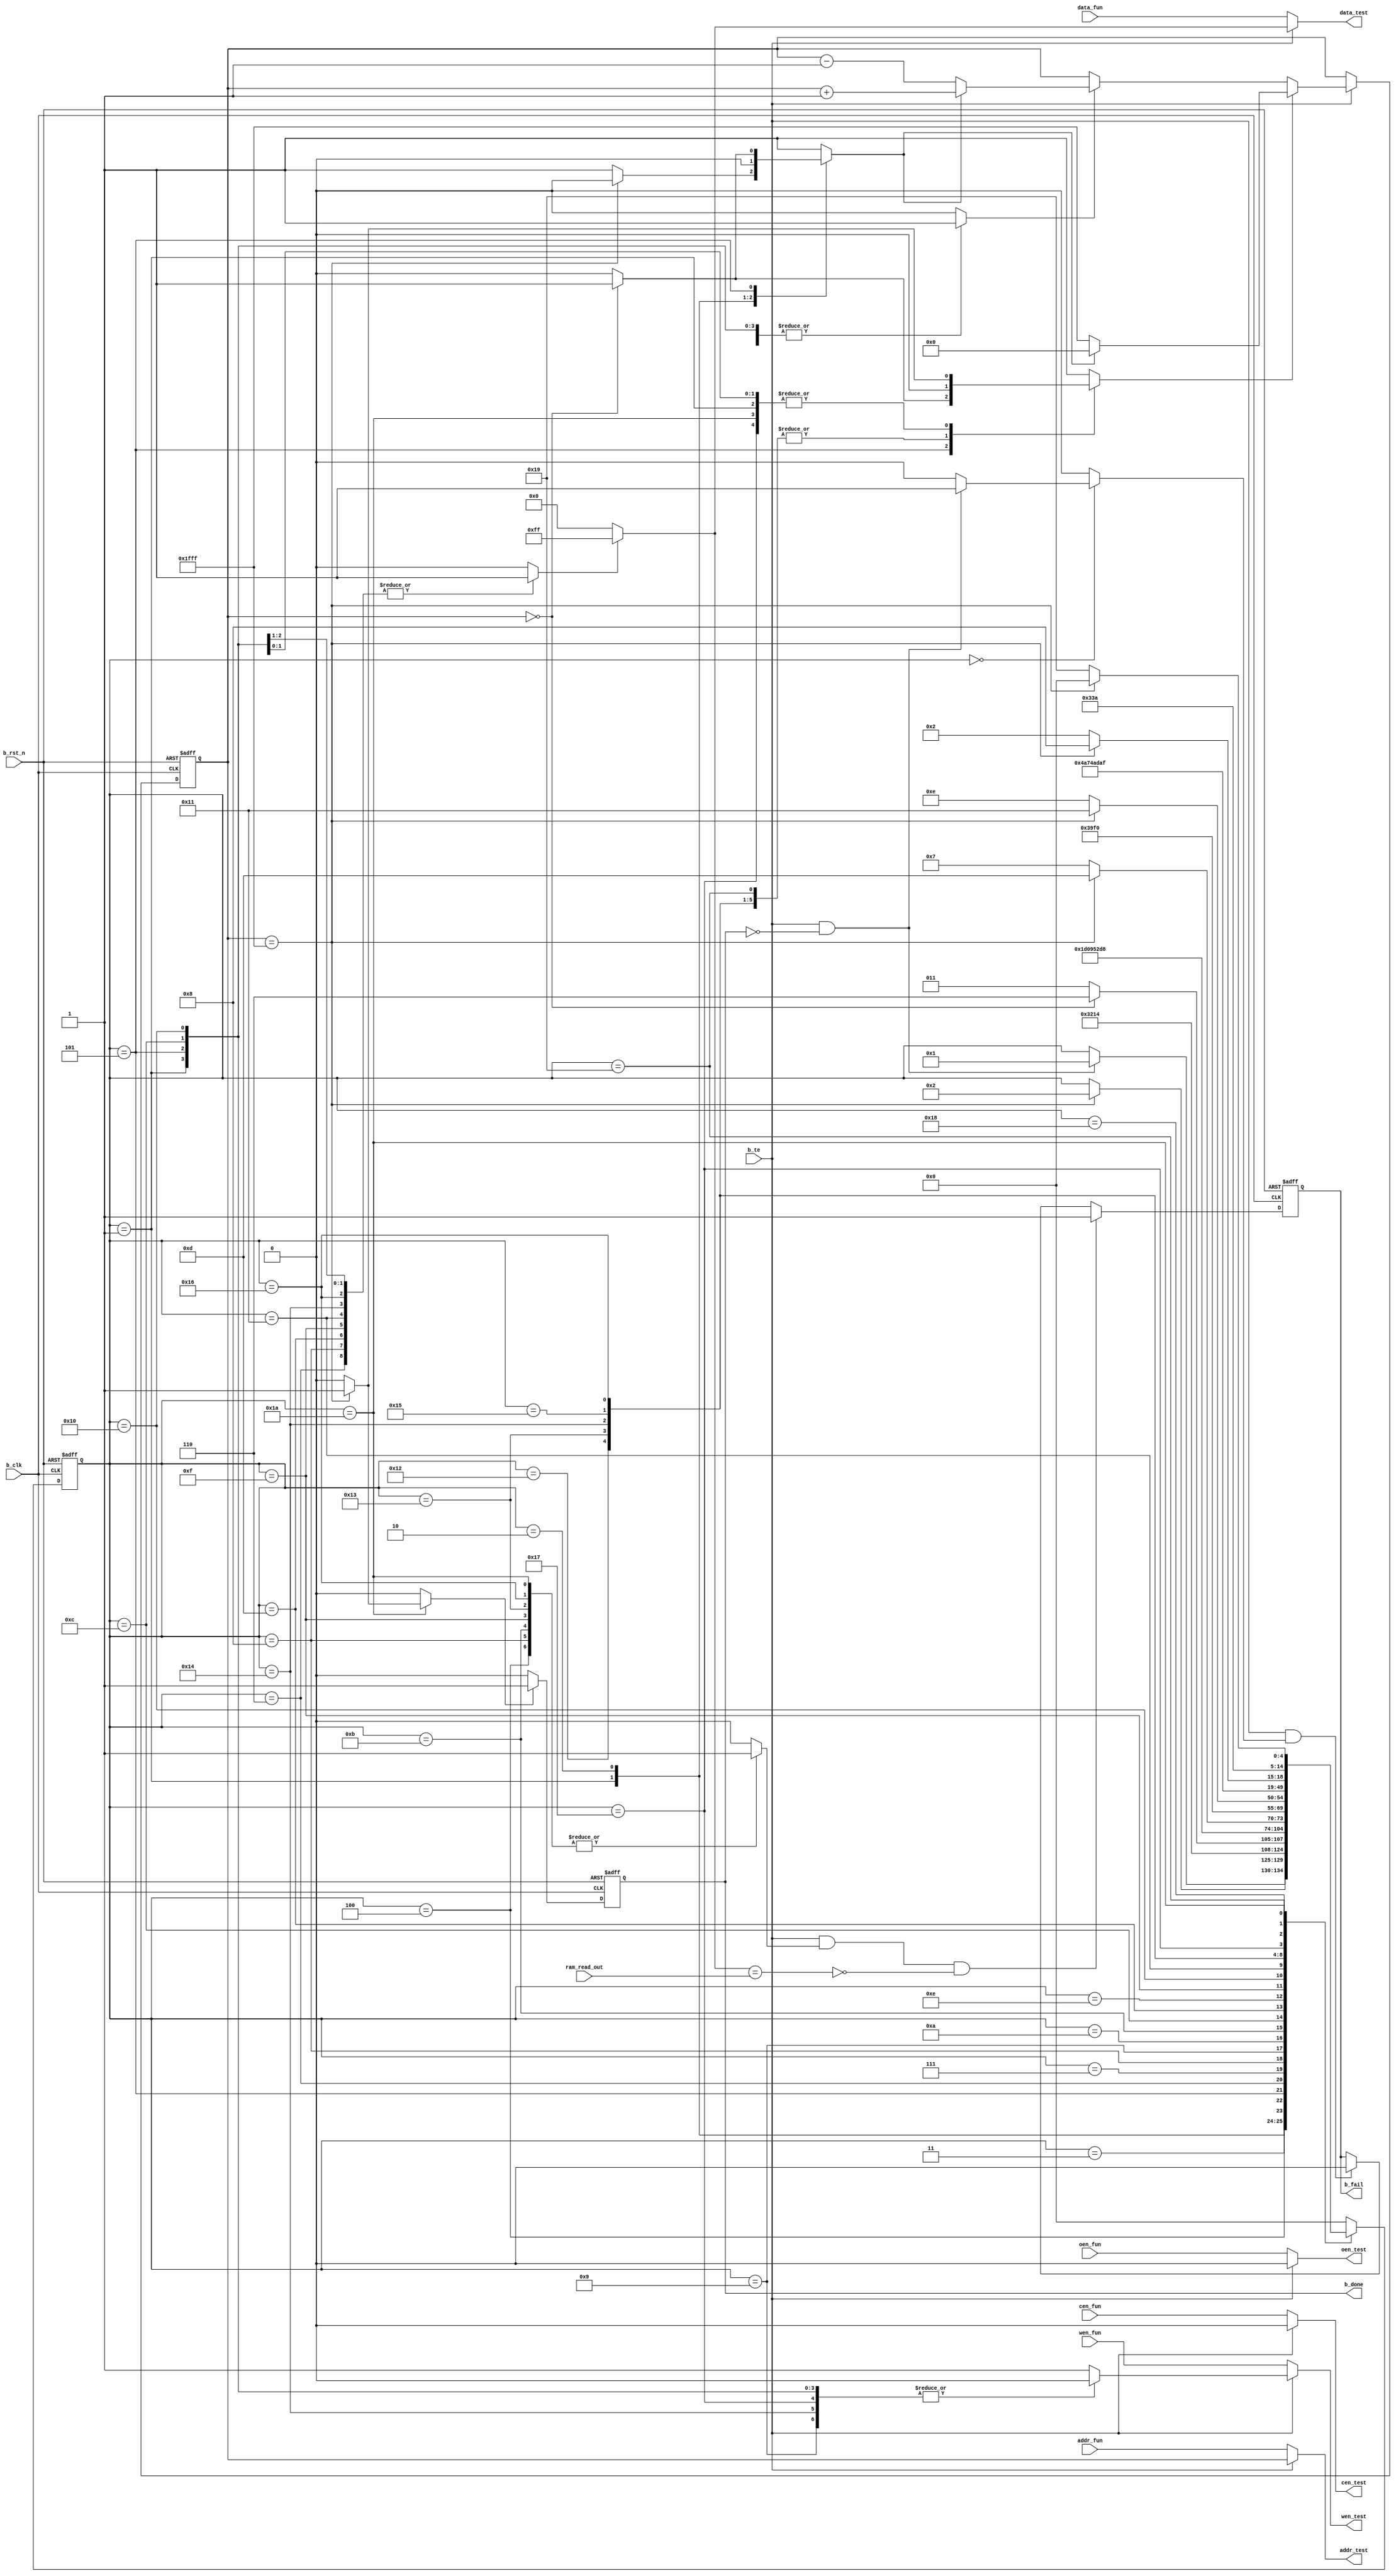
module mbist_8kx8 
#(parameter WE_WIDTH = 1,
  parameter ADDR_WIDTH = 13,
  parameter DATA_WIDTH = 8
 )
 (
  //input signals
  input                      b_clk,    // bist clock	
  input                      b_rst_n,  // bist resetn
  input                      b_te,     // bist enable
  input [(ADDR_WIDTH-1):0]   addr_fun, // Address
  input [(WE_WIDTH-1):0]     wen_fun,  // write enable
  input                      cen_fun,  // chip enable
  input                      oen_fun,  // ouput enable
  input [(DATA_WIDTH-1):0]   data_fun, // data input
  input [(DATA_WIDTH-1):0]   ram_read_out, //RAM data output

  //output signals
  output [(ADDR_WIDTH-1):0]  addr_test, // address of test
  output [(WE_WIDTH-1):0]    wen_test,  // writing control of bist test mode
  output                     cen_test,  // chip enable control of bist test mode
  output                     oen_test,  // output enable control of bist test mode
  output [(DATA_WIDTH-1):0]  data_test, // data input of bist test mode
  output				             b_done,    // output state of bist test mode
                                        // When "bist_done" is high, it shows BIST test is over.

  output reg                 b_fail     // output result of sram function
                                        // When "bist_fail" is high, the sram function is wrong;
                                        // else, the sram function is right.
);

  //----------------------------------------------------
  //Define 27 work states of BIST block for bist test
  //----------------------------------------------------
  `define IDEL1         5'b00000
  `define P1_WRITE0     5'b00001
  `define IDEL2         5'b00010
  `define P2_READ0      5'b00011
  `define P2_COMPARE0   5'b00100
  `define P2_WRITE1     5'b00101
  `define IDEL3         5'b00110
  `define P3_READ1      5'b00111
  `define P3_COMPARE1   5'b01000
  `define P3_WRITE0     5'b01001
  `define P3_READ0      5'b01010
  `define P3_COMPARE0   5'b01011
  `define P3_WRITE1     5'b01100
  `define IDEL4         5'b01101
  `define P4_READ1      5'b01110
  `define P4_COMPARE1   5'b01111
  `define P4_WRITE0     5'b10000
  `define IDEL5         5'b10001
  `define P5_READ0      5'b10010
  `define P5_COMPARE0   5'b10011
  `define P5_WRITE1     5'b10100
  `define P5_READ1      5'b10101
  `define P5_COMPARE1   5'b10110
  `define P5_WRITE0     5'b10111
  `define IDEL6         5'b11000
  `define P6_READ0      5'b11001
  `define P6_COMPARE0   5'b11010
  
  // sram address when in bist test mode
  reg [(ADDR_WIDTH-1):0] test_addr;
  
  // bist test end signal
  reg r_end;
  reg r_end_en;
 
  // sram address reset when in bist test mode.
  reg test_addr_rst;

  // sram read or write enable signal when in bist test mode
  reg [(WE_WIDTH-1):0] wen_test_inner;

  // bist start to work in IDLE
  reg rf_start;
  
  // compare the data read from sram with the data written into sram 
  // enable signal
  reg check_en;

  // bist test data source select signal
  // "pattern_sel == 1'b0"-----> test_pattern =  32'b0;
  // "pattern_sel == 1'b1"-----> test_pattern =  32'b1;
  reg pattern_sel;
  wire [(DATA_WIDTH-1):0] test_pattern;
  reg [4:0] cstate, nstate;
  // 1 -- address is goign upward; 0 -- address is going downward
  reg up1_down0; 
  // 1 -- address is stepping; 0 -- address remains
  reg count_en;  


  //-----------------------------------------------------------------
  //          Main Code
  //-----------------------------------------------------------------

  //-----------------------------------------------------------------
  //     Combinatorial portion
  //-----------------------------------------------------------------
  assign b_done = r_end;
  assign test_pattern = (pattern_sel == 1'b0) ? {DATA_WIDTH{1'b0}} : {DATA_WIDTH{1'b1}};

  //--------------------------------------------------------------------
  // The output values of all the mux below will be changed based on the
  // sram whether in normal operation or in bist test mode. 
  //---------------------------------------------------------------------
  // b_te fun
  assign data_test = (b_te == 1'b1) ? test_pattern   : data_fun;
  assign addr_test = (b_te == 1'b1) ? test_addr      : addr_fun;
  assign wen_test  = (b_te == 1'b1) ? wen_test_inner : wen_fun;
  assign cen_test  = (b_te == 1'b1) ? 1'b0           : cen_fun;
  assign oen_test  = (b_te == 1'b1) ? 1'b0           : oen_fun;

  //--------------------------------------------------------------------
  //    Sequential portion
  //--------------------------------------------------------------------

  //--------------------------------
  // Generate bist work end signal. 
  //--------------------------------
  always @(posedge b_clk , negedge b_rst_n) begin
    if (b_rst_n == 1'b0) 
       r_end<=1'b0;
    else if (r_end_en == 1'b1) 
       r_end<= 1'b1;
       else
         r_end <= 1'b0;
  end
  //----------------------------------------------------
  //          Generate the sram test address.
  // "test_addr_rst " and "up1_down0" decide the mode of 
  // variable the address(increment/decrement). 
  //-----------------------------------------------------
  always @(posedge b_clk , negedge b_rst_n) begin
    if (b_rst_n == 1'b0) 
       test_addr <= {ADDR_WIDTH{1'b0}};
    else if (b_te == 1'b1) 
  	  if (test_addr_rst == 1'b1) 
           if (up1_down0 == 1'b1)
          	  test_addr<=  {ADDR_WIDTH{1'b0}};
           else
              test_addr<=  {ADDR_WIDTH{1'b1}};
     	else
           if (count_en == 1'b1)
               if (up1_down0 == 1'b1)
          	      test_addr<=  test_addr + 1'b1; // 
               else
                  test_addr<=  test_addr - 1'b1; // 
  end

  always @(posedge b_clk , negedge b_rst_n)
    if (b_rst_n == 1'b0) 
       b_fail<=1'b1;
    else begin
      //---------------------------------------------------------
      //  When in bist idle1 state, "b_fail" defualt value is "0".
      // --------------------------------------------------------
      if ((b_te == 1'b1) && (rf_start == 1'b1)) // 
          b_fail<=  1'b0;

      //------------------------------------------------------------
      //  "b_fail" value is "1", when data read from sram is different
      // from the expected data wirtten into sram.
      //--------------------------------------------------------------
      if ((b_te == 1'b1) && (check_en == 1'b1) && !(test_pattern == ram_read_out)) // 
          b_fail<=  1'b1;
     end
  
  //------------------------------------------------------------------------------
  //                    Bist test state machine()
  //   write "0"(initial sram)                         test_address 0-->1fff
  //   read  "0"------> compare -------->write "1"     test_address 1fff-->0
  //   read  "1"------> compare -------->write "0"     test_address 0-->1fff
  //   write "1"------> read "1"-------->compare       test_address 1fff-->0        
  //   write "0"------> read "0"-------->compare       test_address 0-->1fff        
  //   write "1"------> read "1"-------->compare       test_address 1fff-->0        
  //   write "0"------> read "0"-------->compare       test_address 0-->1fff        
  //------------------------------------------------------------------------------
  always @(posedge b_clk , negedge b_rst_n) begin
    if (b_rst_n == 1'b0) 
          cstate<=`IDEL1;
    else
          cstate<= nstate;
  end
  
  always @(cstate or b_te or r_end or test_addr) begin
    up1_down0     = 1'b1;
    count_en      = 1'b0;
    r_end_en      = 1'b0;
    pattern_sel   = 1'b0;
    test_addr_rst = 1'b0;
    rf_start      = 1'b0;
    check_en      = 1'b0;
    wen_test_inner = {WE_WIDTH{1'b1}};
    nstate        = cstate;
    case (cstate)
      `IDEL1 :
          begin
             test_addr_rst = 1'b1;
             if (b_te == 1'b1 && r_end == 1'b0) begin
                   nstate   = `P1_WRITE0;
                   rf_start = 1'b1;
             end
          end
      `P1_WRITE0 :   //initial sram from addr 0~1fff(16K) bist0-16K
          begin
    	    count_en       = 1'b1;
    	    wen_test_inner = {WE_WIDTH{1'b0}};
    	    pattern_sel    = 1'b0;
             if (test_addr == {ADDR_WIDTH{1'b1}} ) begin
                  nstate        = `IDEL2;
                  test_addr_rst = 1'b1;
    	            up1_down0     = 1'b0;
             end
          end
      `IDEL2 :
          begin
    	      pattern_sel   = 1'b0;
    	      up1_down0     = 1'b0;
            test_addr_rst = 1'b1; 
            nstate        = `P2_READ0;
          end
      `P2_READ0 :
          begin
            nstate = `P2_COMPARE0;
          end
      `P2_COMPARE0 :  //compare all "0" data after read from addr 0~1fff
          begin
             pattern_sel = 1'b0;
    	       check_en    = 1'b1;
             nstate      = `P2_WRITE1;
          end
      `P2_WRITE1 :  //all "1" write test from addr 1fff~0
          begin
    	      up1_down0      = 1'b0;
    	      count_en       = 1'b1;
    	      wen_test_inner = {WE_WIDTH{1'b0}};
    	      pattern_sel    = 1'b1;
             if (test_addr == {ADDR_WIDTH{1'b0}}) begin
                  nstate        = `IDEL3;
                  test_addr_rst = 1'b1;
    	          up1_down0     = 1'b1;
             end
             else
                nstate        = `P2_READ0;
          end
      `IDEL3 :
          begin
             pattern_sel   = 1'b1;
             test_addr_rst = 1'b1;
             nstate        = `P3_READ1;
          end
      `P3_READ1 :
          begin
             nstate = `P3_COMPARE1;
          end
      `P3_COMPARE1 :  //compare all "1" data after read from addr 1fff~0
          begin
            pattern_sel = 1'b1;
            check_en    = 1'b1;
            nstate      = `P3_WRITE0;
          end
      `P3_WRITE0 :
          begin
             wen_test_inner = {WE_WIDTH{1'b0}};
             pattern_sel    = 1'b0;
             nstate         = `P3_READ0;
          end
      `P3_READ0 :
          begin
            nstate = `P3_COMPARE0;
          end
      `P3_COMPARE0 :
          begin
            pattern_sel = 1'b0;
            check_en    = 1'b1;
            nstate      = `P3_WRITE1;
          end
      `P3_WRITE1 :
          begin
             wen_test_inner = {WE_WIDTH{1'b0}};
             pattern_sel    = 1'b1;
             count_en       = 1'b1;
             if (test_addr == {ADDR_WIDTH{1'b1}}) begin
                  nstate        = `IDEL4;
                  test_addr_rst = 1'b1;
             end
             else
                nstate        = `P3_READ1;
          end
      `IDEL4 :   // read all data from addr 1fff~0 and compare with write data "1" every time 
          begin
            pattern_sel   = 1'b1;
            test_addr_rst = 1'b1;
            nstate        = `P4_READ1;
          end
      `P4_READ1 :
          begin
            nstate = `P4_COMPARE1;
          end
      `P4_COMPARE1 :
          begin
            pattern_sel = 1'b1;
            check_en    = 1'b1;
            nstate      = `P4_WRITE0;
          end
      `P4_WRITE0 :
          begin
            wen_test_inner = {WE_WIDTH{1'b0}};
            pattern_sel    = 1'b0;
            count_en       = 1'b1;
             if (test_addr == {ADDR_WIDTH{1'b1}}) begin
                   nstate        = `IDEL5;
                   test_addr_rst = 1'b1;
             end
             else         
                nstate        = `P4_READ1;
          end
      `IDEL5 :  // read all data from addr 1fff~0 and compare with write data "0" every time 
          begin
             pattern_sel   = 1'b1;
             test_addr_rst = 1'b1;
             nstate        = `P5_READ0;
          end
      `P5_READ0 :
          begin
             nstate = `P5_COMPARE0;
          end
      `P5_COMPARE0 :
          begin
             pattern_sel=1'b0;
             check_en=1'b1;
             nstate = `P5_WRITE1;
          end
      `P5_WRITE1 :
          begin
             wen_test_inner = {WE_WIDTH{1'b0}};
             pattern_sel   = 1'b1;
             nstate = `P5_READ1;
          end
      `P5_READ1 :
          begin
             nstate = `P5_COMPARE1;
          end
      `P5_COMPARE1 :
          begin
             pattern_sel=1'b1;
             check_en=1'b1;
             nstate = `P5_WRITE0;
          end
      `P5_WRITE0 :
          begin
             wen_test_inner = {WE_WIDTH{1'b0}};
             pattern_sel    = 1'b0;
             count_en       = 1'b1;
             if (test_addr == {ADDR_WIDTH{1'b1}}) begin
                   nstate        = `IDEL6;
                   test_addr_rst = 1'b1;
             end
             else
                nstate        = `P5_READ0;
          end
      `IDEL6 :
          begin
             pattern_sel   = 1'b0;
             test_addr_rst = 1'b1;
             nstate        = `P6_READ0;
          end
      `P6_READ0 :
          begin
             nstate        = `P6_COMPARE0;
          end
      `P6_COMPARE0 :
          begin
             pattern_sel = 1'b0;
             check_en    = 1'b1;
             count_en    = 1'b1;
             if (test_addr == {ADDR_WIDTH{1'b1}}) begin
                   nstate        = `IDEL1;
                   test_addr_rst = 1'b1;
                   r_end_en      = 1'b1;
             end
             else
                nstate = `P6_READ0;
          end
      default :
          begin
             nstate        = `IDEL1;
             test_addr_rst = 1'b1;
          end 
    endcase
  end

endmodule